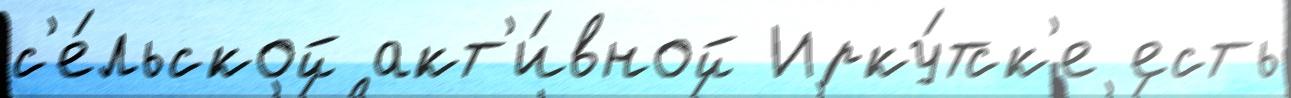
с'е́льской акт'и́вной Ирку́тск'е есть